65_HS1-834228961_62-HQ-83894_Section_7
Agency: FBI
Page 74
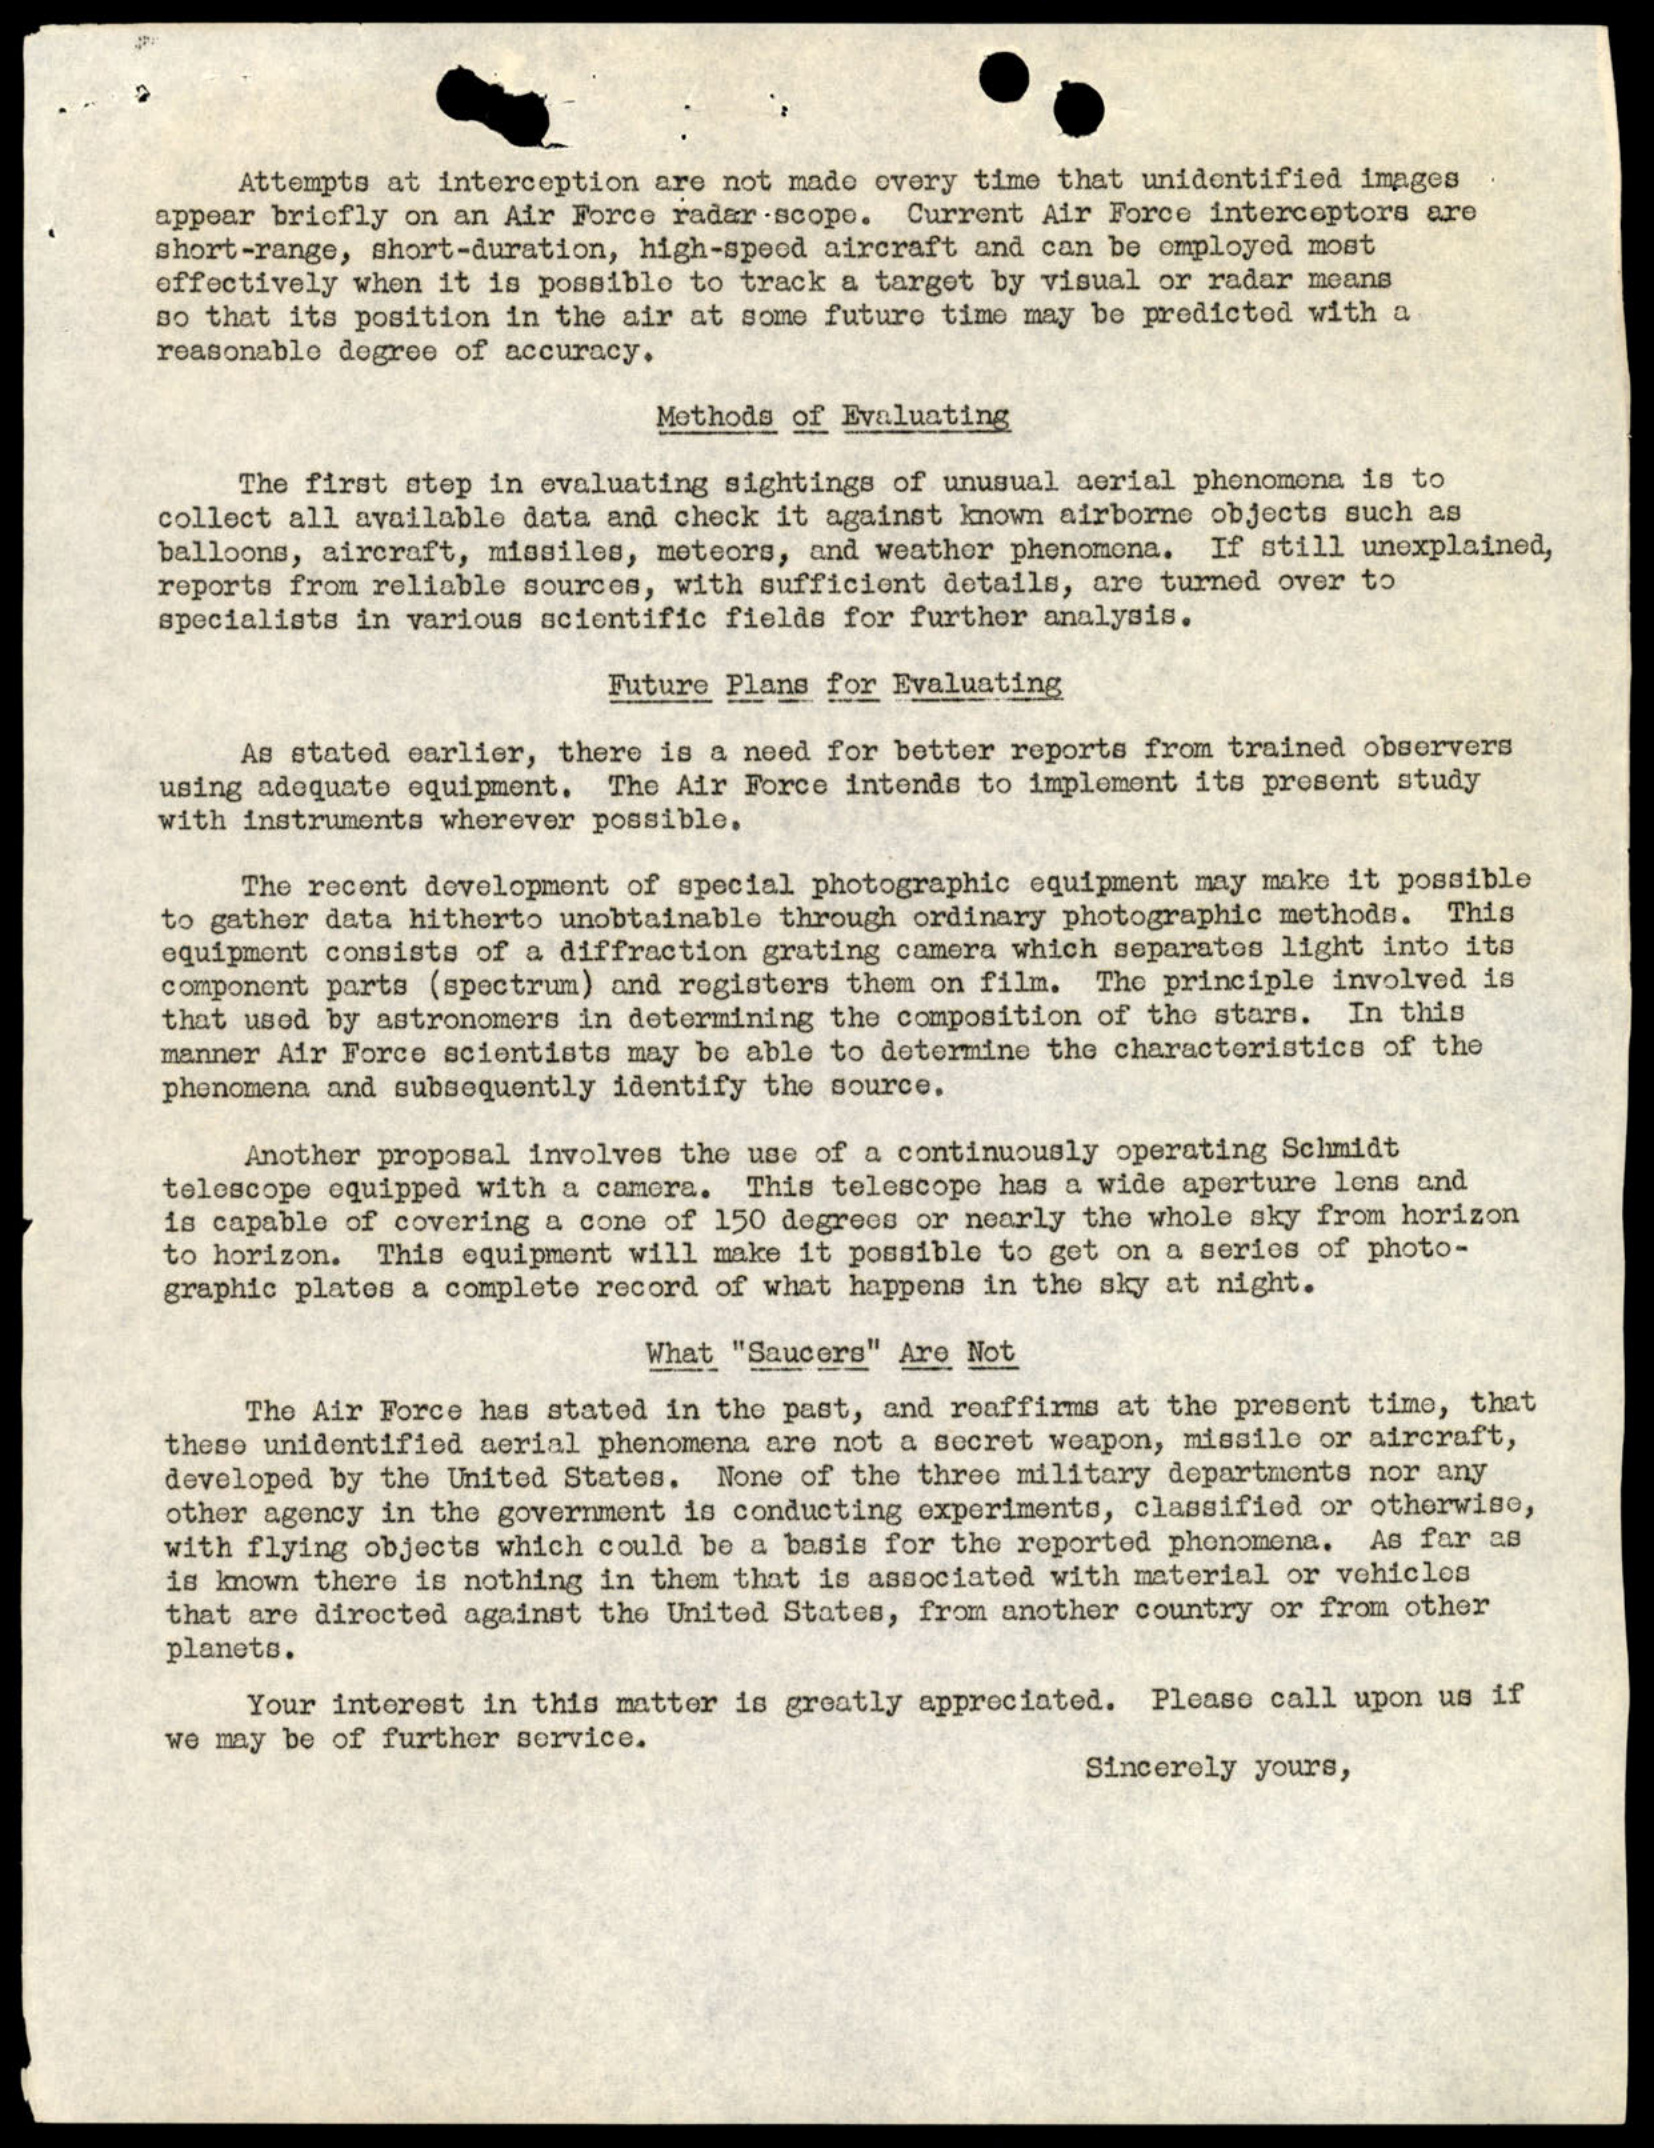